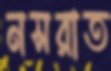
নসরাত